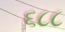
૬૮૮